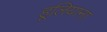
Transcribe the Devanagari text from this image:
हूलियाना